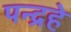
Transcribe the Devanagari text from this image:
पन्द्रहे